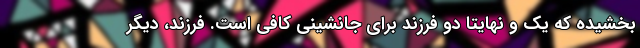
بخشیده که یک و نهایتا دو فرزند برای جانشینی کافی است. فرزند، دیگر